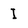
Character: I